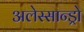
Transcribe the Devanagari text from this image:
अलेस्सान्ड्रो